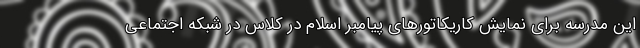
این مدرسه برای نمایش کاریکاتورهای پیامبر اسلام در کلاس در شبکه اجتماعی